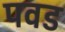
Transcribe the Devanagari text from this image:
पवड